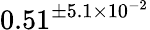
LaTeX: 0.51^{\pm 5.1\times 10^{-2}}